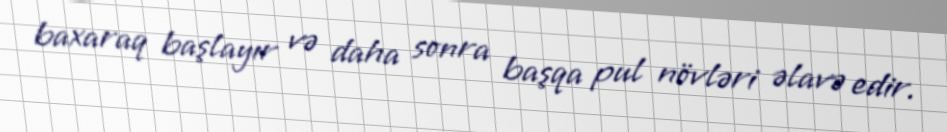
baxaraq başlayır və daha sonra başqa pul növləri əlavə edir.